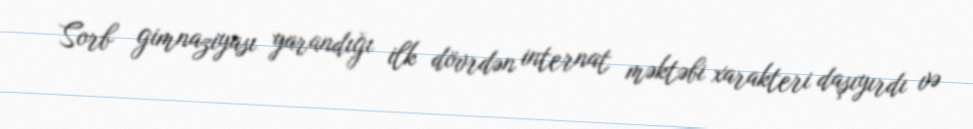
Sorb gimnaziyası yarandığı ilk dövrdən internat məktəbi xarakteri daşıyırdı və